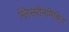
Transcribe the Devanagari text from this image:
ग्लिसरीनमिश्रित